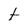
Character: t